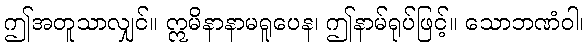
ဤအတူသာလျှင်။ ဣမိနာနာမရူပေန၊ ဤနာမ်ရုပ်ဖြင့်။ သောဘဏံဝါ၊